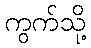
ကွက်သို့